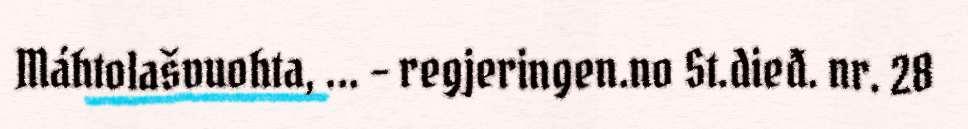
Máhtolašvuohta, ... - regjeringen.no St.dieđ. nr. 28